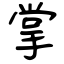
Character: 掌